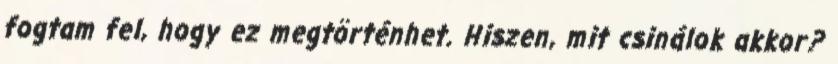
fogtam fel, hogy ez megtörténhet. Hiszen, mit csinálok akkor?